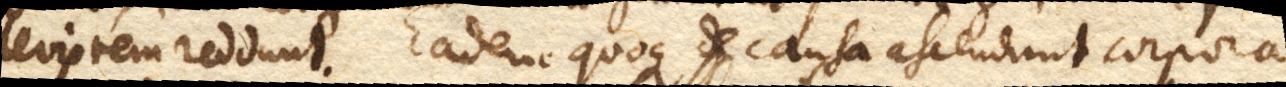
leviorem reddunt. Eadem quoque de causa ascendunt corpora